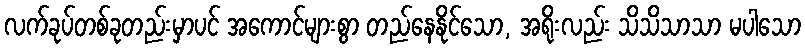
လက်ခုပ်တစ်ခုတည်းမှာပင် အကောင်များစွာ တည်နေနိုင်သော, အရိုးလည်း သိသိသာသာ မပါသော